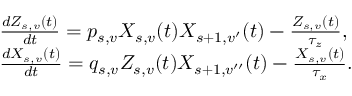
\begin{array} { r l } & { \frac { d Z _ { s , v } ( t ) } { d t } = p _ { s , v } X _ { s , v } ( t ) X _ { s + 1 , v ^ { \prime } } ( t ) - \frac { Z _ { s , v } ( t ) } { \tau _ { z } } , } \\ & { \frac { d X _ { s , v } ( t ) } { d t } = q _ { s , v } Z _ { s , v } ( t ) X _ { s + 1 , v ^ { \prime \prime } } ( t ) - \frac { X _ { s , v } ( t ) } { \tau _ { x } } . } \end{array}